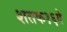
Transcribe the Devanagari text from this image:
शतक१६वे